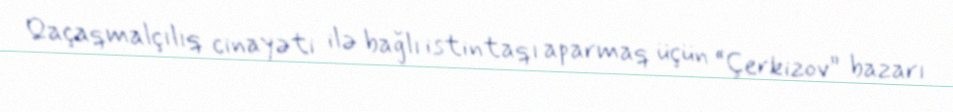
Qaçaqmalçılıq cinayəti ilə bağlı istintaqı aparmaq üçün “Çerkizov” bazarı